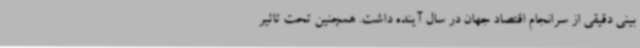
بینی دقیقی از سرانجام اقتصاد جهان در سال آینده داشت. همچنین تحت تاثیر